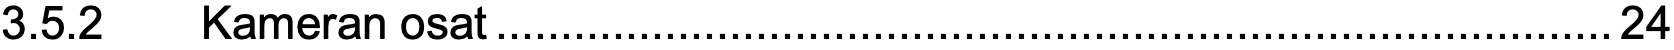
3.5.2  Kameran osat......................................................................................24